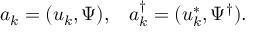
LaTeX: a _ { k } = ( u _ { k } , \Psi ) , \; \; \; a _ { k } ^ { \dagger } = ( u _ { k } ^ { * } , \Psi ^ { \dagger } ) .